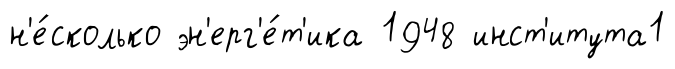
н'е́сколько эн'ерг'е́т'ика 1948 инст'итута1